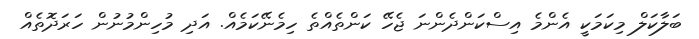
ބަލާކަލް މިކަމަކީ އެންމެ އިސްކަންދެންނަ ޖެހޭ ކަންތެއްތެ ހިމެނޭކަމެއް. އަދި މުހިންމުނުން ހަރަދޮތެއް